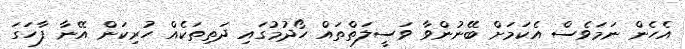
އެހެން ނަމަވެސް އެކަމަށް ބޭނުންވާ ވަސީލަތްތައް ހޯދުމުގައި ދަތިތަކެއް ހުރިކަން އޭނާ ފާހަގަ